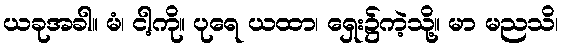
ယခုအခါ။ မံ၊ ငါ့ကို။ ပုရေ ယထာ၊ ရှေး၌ကဲ့သို့။ မာ မညသိ၊